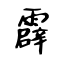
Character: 霹